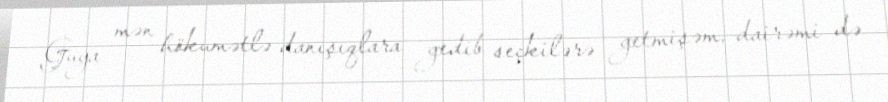
Guya mən hökumətlə danışıqlara gedib seçkilərə getmişəm, dairəmi də